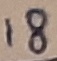
Text: 18